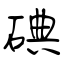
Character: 碘